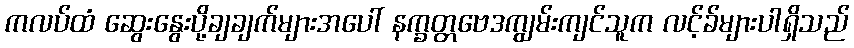
ကလပ်ထံ ဆွေးနွေးပို့ချချက်များအပေါ် နက္ခတ္တဗေဒကျွမ်းကျင်သူက လင့်ခ်များပါရှိသည်